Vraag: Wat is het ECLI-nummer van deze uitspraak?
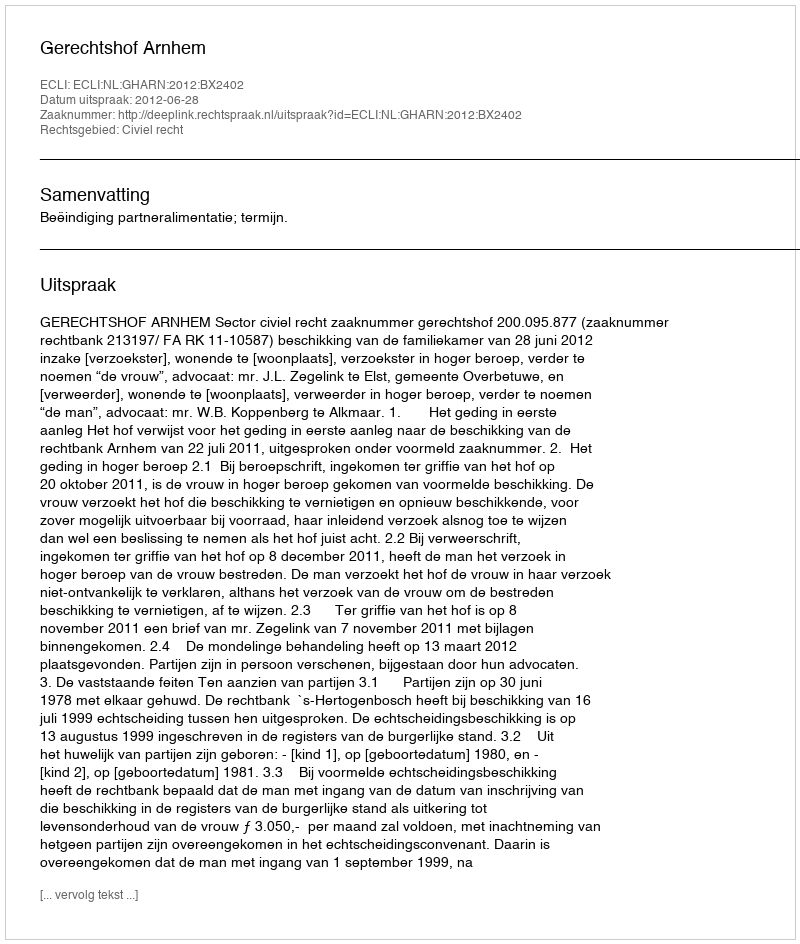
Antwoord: ECLI:NL:GHARN:2012:BX2402